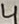
Text: 4